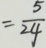
= \frac { 5 } { 2 4 }